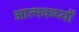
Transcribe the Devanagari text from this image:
आत्मकथ्यों